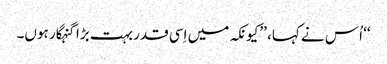
‘‘ اُس نے کہا، ’’کیونکہ میں اِسی قدر بہت بڑا گنہگار ہوں۔